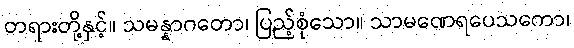
တရားတို့နှင့်။ သမန္နာဂတော၊ ပြည့်စုံသော။ သာမဏေရပေသကော၊